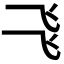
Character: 𠃧